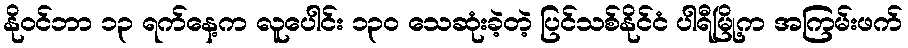
နိုဝင်ဘာ ၁၃ ရက်နေ့က လူပေါင်း ၁၃၀ သေဆုံးခဲ့တဲ့ ပြင်သစ်နိုင်ငံ ပါရီမြို့က အကြမ်းဖက်